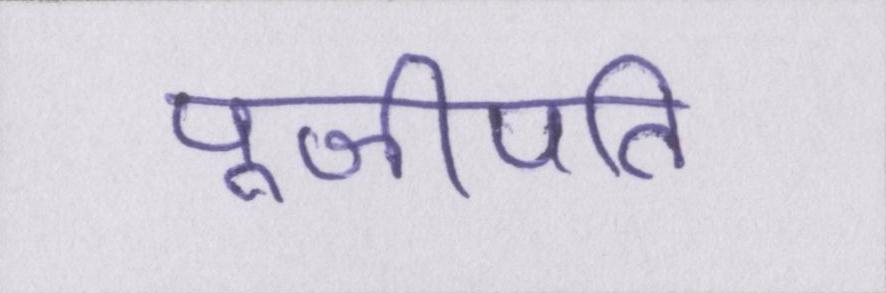
पूजीपति